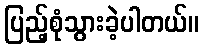
ပြည့်စုံသွားခဲ့ပါတယ်။